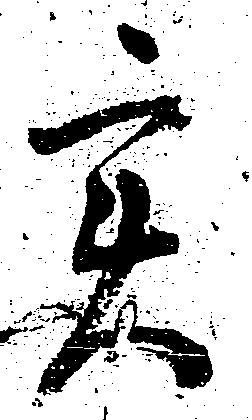
実